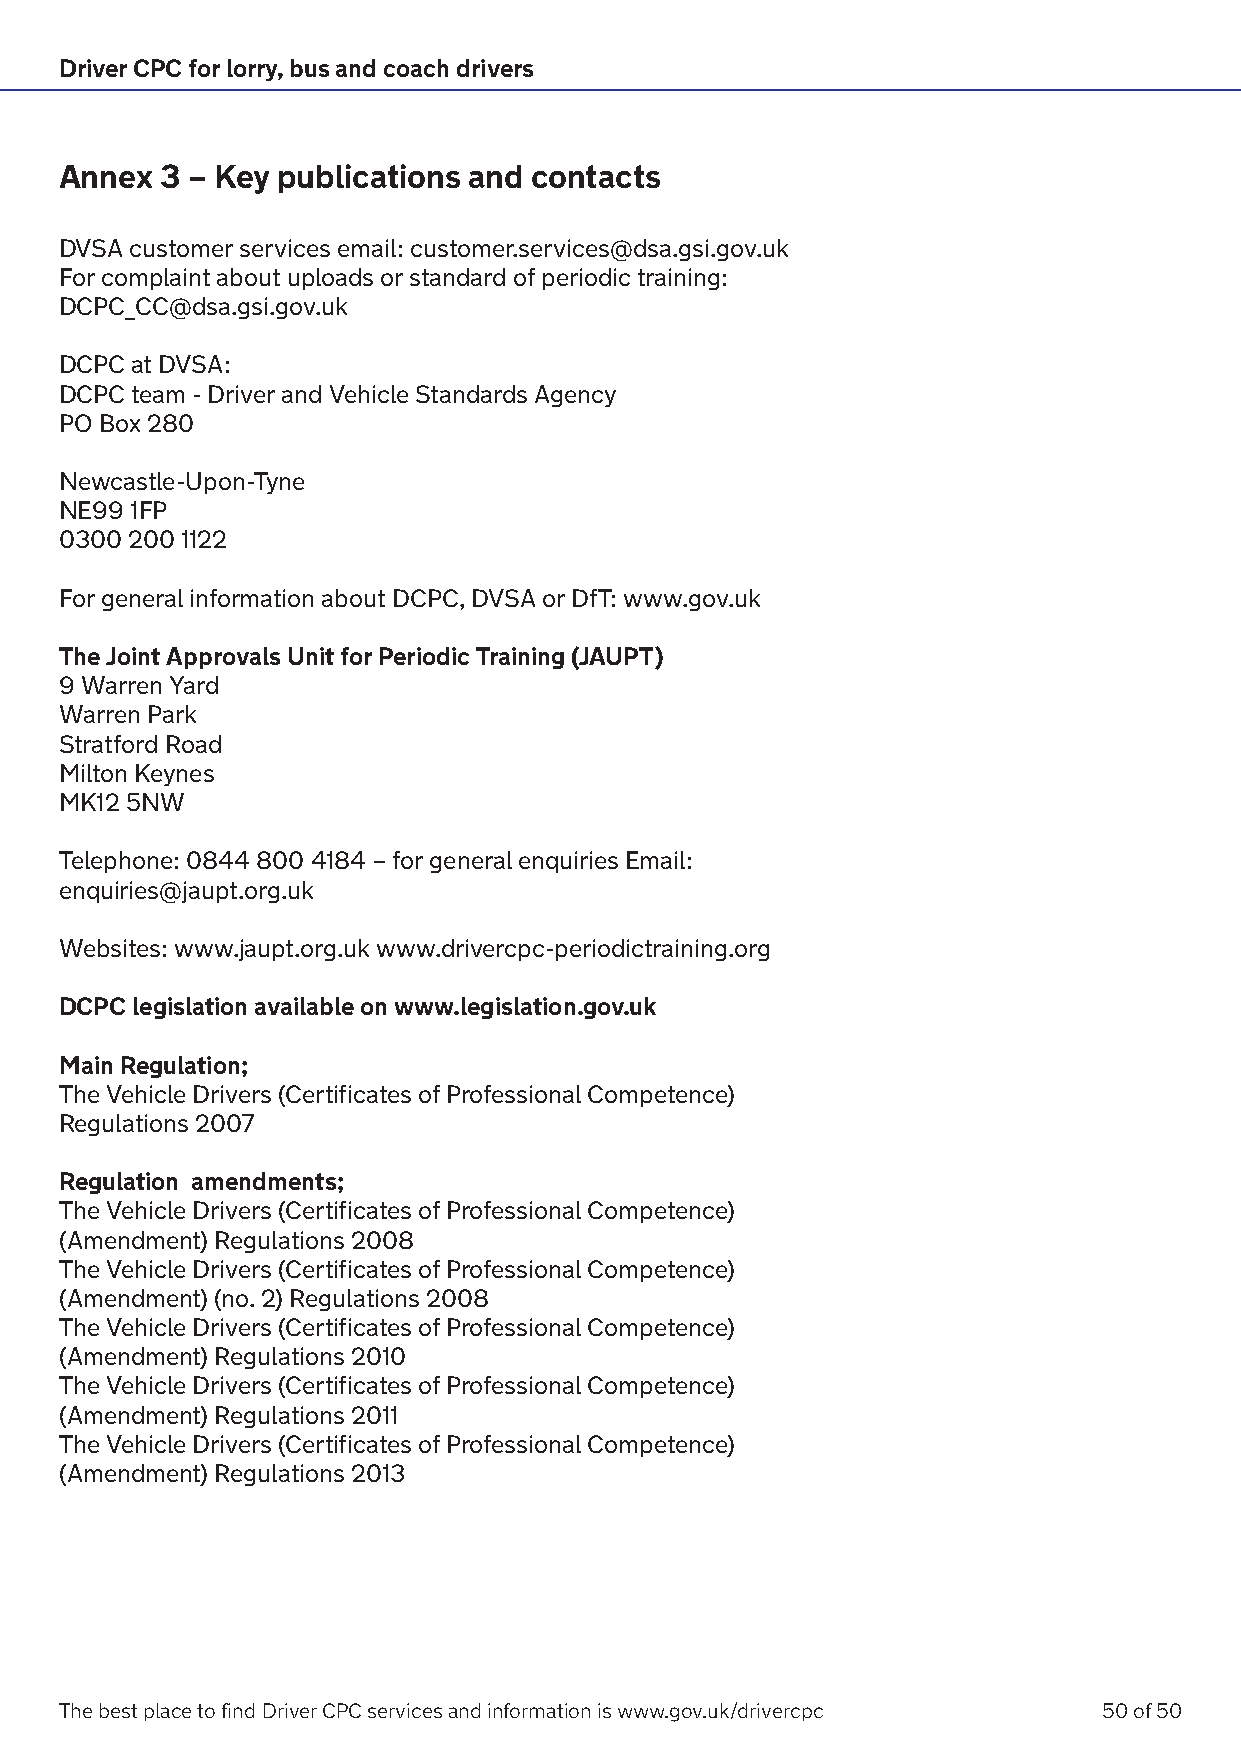
Driver CPC for lorry, bus and coach drivers
 Annex  3 – Key publications and contacts
 DVSA customer services email: customer.services@dsa.gsi.gov.uk
 For complaint about uploads or standard of periodic training:
 DCPC_CC@dsa.gsi.gov.uk
 DCPC at DVSA:
 DCPC team - Driver and Vehicle Standards Agency
 PO Box 280
 Newcastle-Upon-Tyne
 NE99 1FP
 0300 200 1122
 For general information about DCPC, DVSA or DfT: www.gov.uk
 The Joint Approvals Unit for Periodic Training (JAUPT)
 9 Warren Yard
 Warren Park
 Stratford Road
 Milton Keynes
 MK12 5NW
 Telephone: 0844 800 4184 – for general enquiries Email:
 enquiries@jaupt.org.uk
 Websites: www.jaupt.org.uk www.drivercpc-periodictraining.org
 DCPC legislation available on www.legislation.gov.uk
 Main Regulation;
 The Vehicle Drivers (Certificates of Professional Competence)
 Regulations 2007
 Regulation amendments;
 The Vehicle Drivers (Certificates of Professional Competence)
 (Amendment) Regulations 2008
 The Vehicle Drivers (Certificates of Professional Competence)
 (Amendment) (no. 2) Regulations 2008
 The Vehicle Drivers (Certificates of Professional Competence)
 (Amendment) Regulations 2010
 The Vehicle Drivers (Certificates of Professional Competence)
 (Amendment) Regulations 2011
 The Vehicle Drivers (Certificates of Professional Competence)
 (Amendment) Regulations 2013
 The best place to find Driver CPC services and information is www.gov.uk/drivercpc 50 of 50